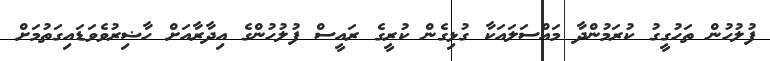
ފުލުހުން ތަހުގީގު ކުރަމުންދާ މައްސަލައަކާ ގުޅިގެން ކުރީގެ ރައީސް ފުލުހުންގެ އިދާރާއަށް ހާޟިރުވެވަޑައިގަތުމަށް